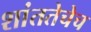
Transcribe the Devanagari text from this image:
शांततेचेच